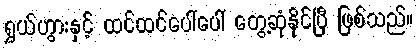
ရွှယ်ဟွားနှင့် ထင်ထင်ပေါ်ပေါ် တွေ့ဆုံနိုင်ပြီ ဖြစ်သည်။